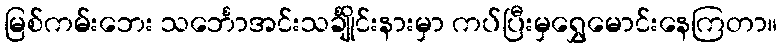
မြစ်ကမ်းဘေး သင်္ဘောအင်းသင်္ချိုင်းနားမှာ ကပ်ပြီးမှရွှေမောင်းနေကြတာ။